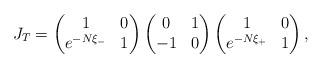
LaTeX: \begin{align*}J_T = \begin{pmatrix} 1 & 0 \\ e^{-N \xi_-} & 1 \end{pmatrix}\begin{pmatrix} 0 & 1 \\ -1 & 0 \end{pmatrix} \begin{pmatrix} 1 & 0 \\ e^{-N \xi_+} & 1 \end{pmatrix},\end{align*}